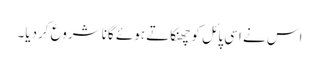
اس نے اسی پائل کو چھنکاتے ہوئے گانا شروع کردیا۔